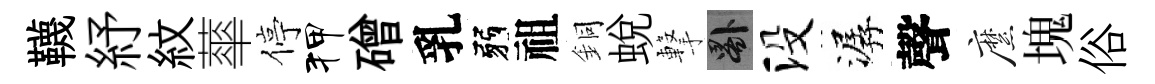
韈紓紋蕐停狎磳乳弱祖銅蛻撃晷没潺聲縻塊俗